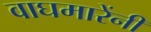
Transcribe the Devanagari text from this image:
वाघमारेंनी